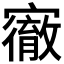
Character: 𡫠